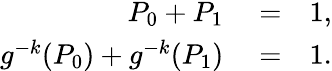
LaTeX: \begin{array}{rlr}{P_{0}+P_{1}}&{{}=}&{1,}\\ {g^{-k}(P_{0})+g^{-k}(P_{1})}&{{}=}&{1.}\end{array}